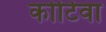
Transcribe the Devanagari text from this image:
कोटिवा